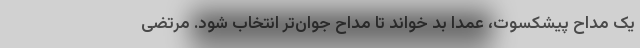
یک مداح پیشکسوت، عمداً بد خواند تا مداح جوان‌تر انتخاب شود. مرتضی